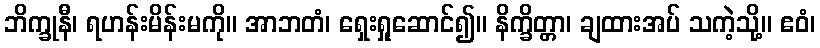
ဘိက္ခုနီ၊ ရဟန်းမိန်းမကို။ အာဘတံ၊ ရှေးရှုဆောင်၍။ နိက္ခိတ္တာ၊ ချထားအပ် သကဲ့သို့။ ဧဝံ၊